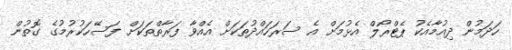
ހަދަމުން ދިއުމާއެކު ޕެޓްރޯލް އެޅުމަށް އެ ސަރަހައްދުތަކަށް އެއްވާ ފަރާތްތަކަށް ފަސޭހަކުރުމުގެ ގޮތުން